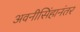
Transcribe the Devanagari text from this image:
अवनीसिंहानंतर